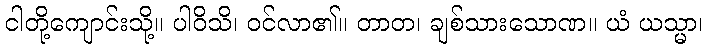
ငါတို့ကျောင်းသို့။ ပါဝိသိ၊ ဝင်လာ၏။ တာတ၊ ချစ်သားသောဏ။ ယံ ယသ္မာ၊